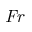
\mathit { F r }